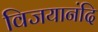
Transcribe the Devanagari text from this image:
विजयानंदि